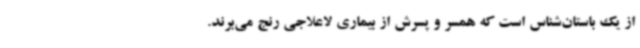
از یک باستان‌شناس است که همسر و پسرش از بیماری لاعلاجی رنج می‌برند.